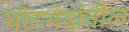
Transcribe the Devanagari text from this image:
पोटभेदांतील